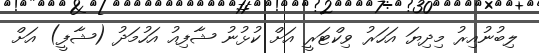
ލިބުނުއިރު މިދިޔަ އަހަރު ވިކްޓަރީ އަށް ކުޅުނު ޝާފިއު އަހުމަދު (ޝާފީ) އަށް